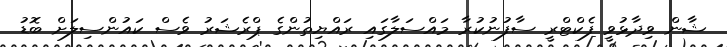
ޝާން ވިދާޅުވީ ފެކްޓްރީ ސާފުނުކުރާ މައްސަލާގައި ރައްޔިތުންގެ ޕްރެޝަރު ވެސް ކައުންސިލަށް ބޮޑު